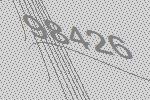
98426